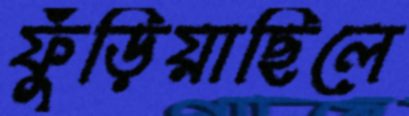
ফুঁড়িয়াছিলে